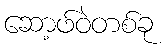
ဆော့ဖ်ဝဲတစ်ခု